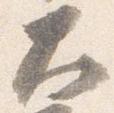
大